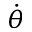
\dot { \theta }